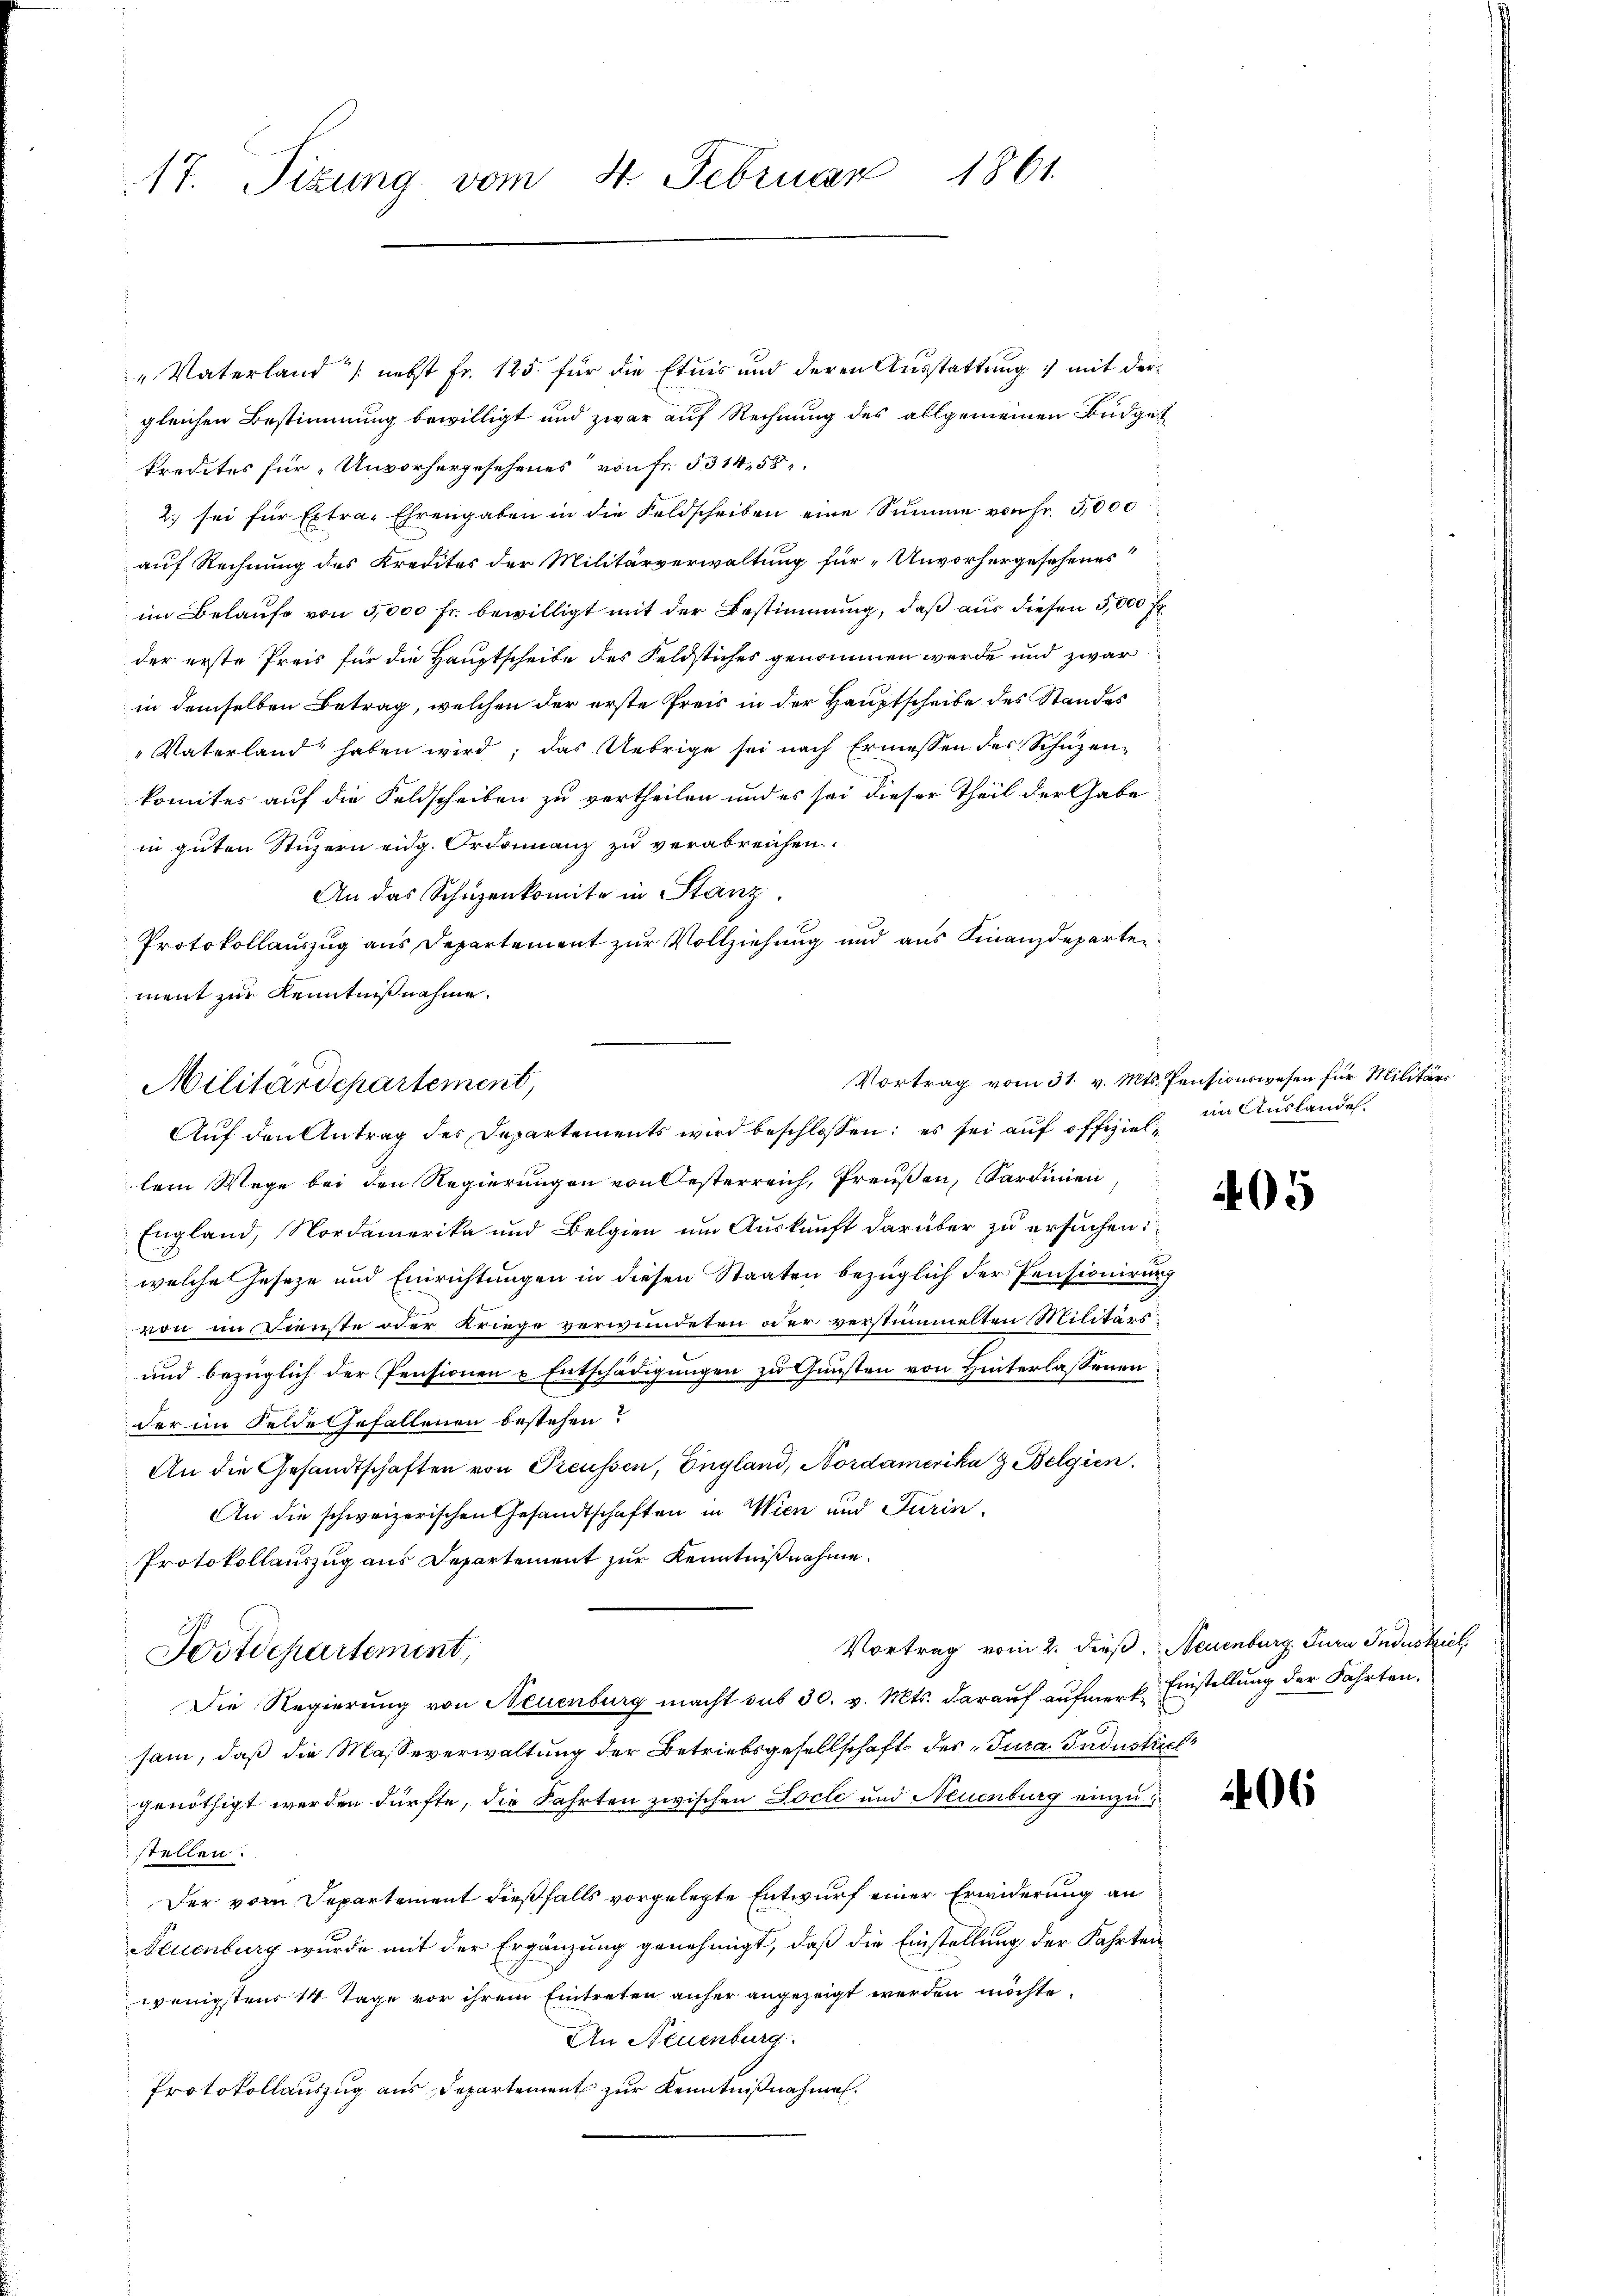
17. Sizung vom 4. Februar 1861.

"Vaterland /: nebst Fr. 125. für die Etuis und deren Ausstattung mit dergleichen Bestimmung bewilligt und zwar auf Rechnung des allgemeinen Budget
kredites für „Unvorhergesehenes von Fr. 5314,58
2. sei für Extra- Ehrengaben in die Feldscheiben eine Summe von Fr. 3,000
auf Rechnung des Kredites der Militärverwaltung für „Unvorhergesehenes
im Belaufe von 5,000 Fr. bewilligt mit der Bestimmung, daß aus diesen 3,000 f
der erste Preis für die Hauptscheibe des Feldstiches genommen werde und zwar
in demselben Betrag, welchen der erste Preis in der Hauptscheibe des Standes
"Vaterland haben wird; das Uebrige sei nach Ermessen des Schüzenkomtes auf die Feldscheiben zu vertheilen und es sei dieser Theil der Gabe
in guten Stuzern eidg. Ordonnanz zu verabreichen.
An das Schüzenkomite in Stanz
Protokollauszug aus Departement zur Vollziehung und aus Finanzdeparten
ment zur Kenntnißnahme.
lem Wege bei den Regierungen von Oesterreich, Preußen, Sardinien
England, Nordamerika und Belgien um Auskunft darüber zu ersuchen:
welche Geseze und Einrichtungen in diesen Staaten bezüglich der Pensionirung
von im Dienste oder Kriege verwundeten oder verstümmelten Militärs:
und bezüglich der Pensionen - Entschädigungen zu Gunsten von Hinterlassenen
der im Felde Gefallenen bestehen?
An die Gesandtschaften von Preussen, England, Nordamerika 9 Belgien
An die schweizerischen Gesandtschaften in Wien und Turin
Protokollauszug aus Departement zur Kenntnißnahme.
Vortrag vom 2. dieβ, Neuenburg, Jura Industriel
Jostdepartement,
Die Regierung von Neuenburg macht aus 30. v. Mts. darauf aufmerk Einstellung der Fahrten.
sam, daß die Masseverwaltung der Betriebsgesellschaft der Jura Industriel
genöthigt werden dürfte, die Fahrten zwischen Locle und Neuenburg einzu
stellen.
Der vom Departement dießfalls vorgelegte Entwurf einer Erwiderung an
Neuenburg wurde mit der Ergänzung genehmigt, daß die Einstellung der Fahrten
wenigstens 14 Tage vor ihrem Eintreten anher angezeigt werden möchte.
An Neuenburg
Protokollauszug aus Departement zur Kenntnißnahmen.

Militärdepartement,
Auf den Antrag der Departements wird beschlossen: es sei auf offiziel¬

Vortrag vom 31. v. Mts. Pensionswesen für Militärs
im Auslandel.

205

406